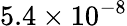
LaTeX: {5.4\times 10^{-8}}